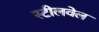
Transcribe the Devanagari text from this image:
स्टीलवेल